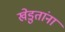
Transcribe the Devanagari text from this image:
खेडुतांना